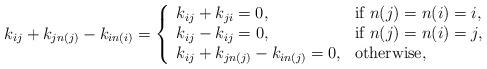
LaTeX: \begin{align*}k_{ij}+k_{jn(j)}-k_{in(i)}=\left\{\begin{array}{lll} k_{ij}+k_{ji}=0,& \textrm{if}\ n(j)=n(i)=i,\\k_{ij}-k_{ij}=0, &\textrm{if}\ n(j)=n(i)=j,\\k_{ij}+k_{jn(j)}-k_{in(j)}=0, & \textrm{otherwise},\end{array}\right.\end{align*}